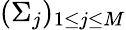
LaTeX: (\Sigma_{j})_{1\le j\le M}